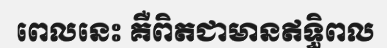
ពេលនេះ គឺពិតជាមានឥទ្ធិពល